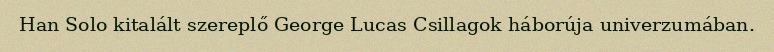
Han Solo kitalált szereplő George Lucas Csillagok háborúja univerzumában.